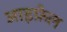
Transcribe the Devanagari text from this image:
आइफ़ेल